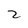
Character: Z